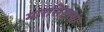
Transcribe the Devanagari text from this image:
मारसिंहाचा